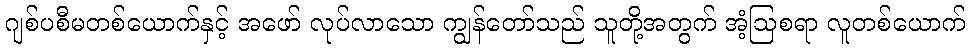
ဂျစ်ပစီမတစ်ယောက်နှင့် အဖော် လုပ်လာသော ကျွန်တော်သည် သူတို့အတွက် အံ့ဩစရာ လူတစ်ယောက်